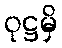
ဝုဋ္ဌမှိ